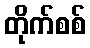
တိုက်စစ်